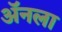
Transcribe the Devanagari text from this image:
ॲनला